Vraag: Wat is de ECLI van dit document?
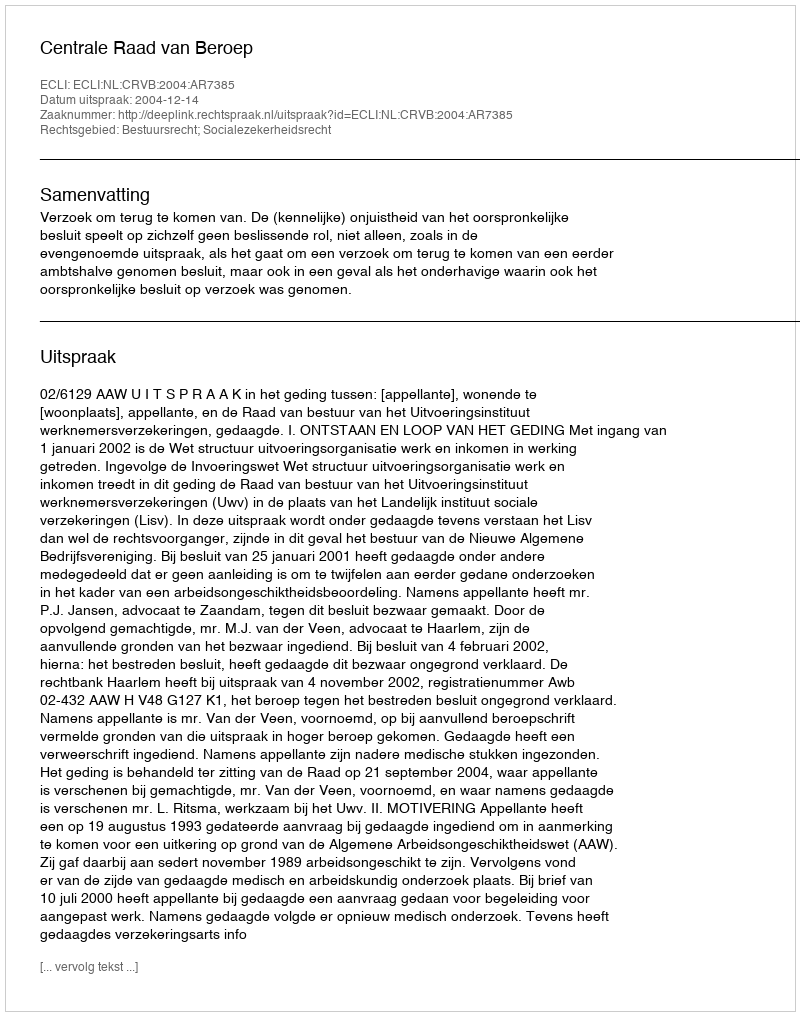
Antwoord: ECLI:NL:CRVB:2004:AR7385